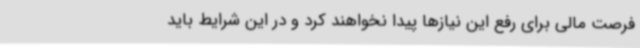
فرصت مالی برای رفع این نیازها پیدا نخواهند کرد و در این شرایط باید